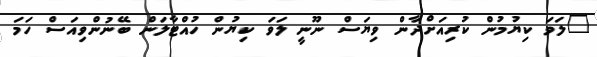
"ލަވަ ކިޔުމުން ކުރިއަށްދާން ވިޔަސް ނޫނީ ލަވަ ކިޔުން ހުއްޓާލަން ބޭނުންވިއަސް ހަމަ